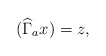
\begin{align*}(\widehat{\Gamma}_a x)=z,\end{align*}